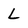
Character: L